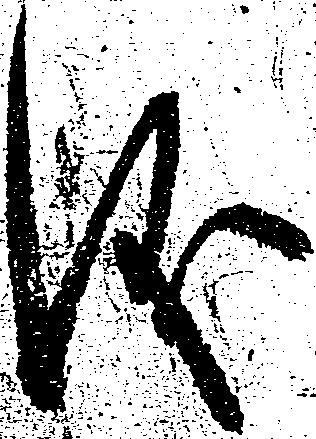
儀